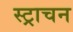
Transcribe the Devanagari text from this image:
स्ट्राचन